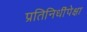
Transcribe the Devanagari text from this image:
प्रतिनिधींपेक्षा